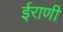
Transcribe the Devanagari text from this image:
ईराणी